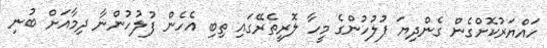
ހައްޔަރުކޮށްގެން ގެންދިޔަ ފުލުހުންގެ މީހާ ލޮރީތެރޭގައި ތިބި އެހެން ފުލުހުންނާ ދިމާއަށް ބުނި